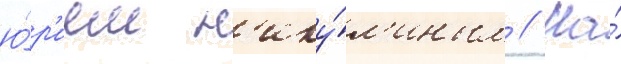
ю́р'ием н'ику́л'иным // На́